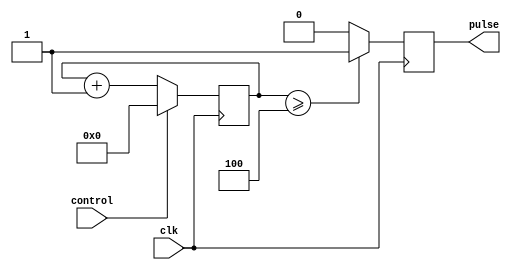
module Variable_pulse_width_generator (
    input wire clk,
    input wire control,
    output reg pulse
);

reg [7:0] counter;

always @(posedge clk) begin
    if (control) begin
        counter <= 0;
    end else begin
        counter <= counter + 1;
    end
end

always @(posedge clk) begin
    if (counter >= 4) begin
        pulse <= 1;
    end else begin
        pulse <= 0;
    end
end

endmodule